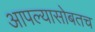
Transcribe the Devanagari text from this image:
आपल्यासोबतच